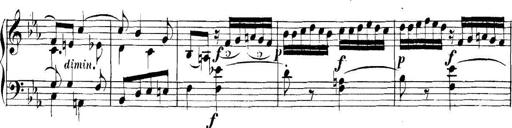
Title: Collected Piano Sonatas
Composer: Muzio Clementi